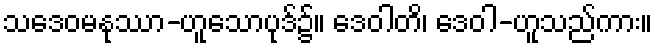
သဒေဝမနုဿာ-ဟူသောပုဒ်၌။ ဒေဝါတိ၊ ဒေဝါ-ဟူသည်ကား။